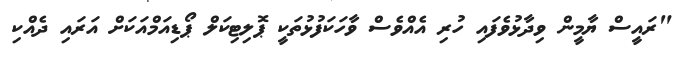
"ރައީސް ޔާމީން ވިދާޅުވެފައި ހުރި އެއްވެސް ވާހަކަފުޅުތަކީ ޕޮލިޓިކަލް ޕޯޑިއަމްއަކަށް އަރައި ދެއްކި